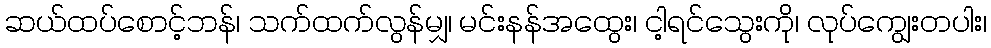
ဆယ်ထပ်စောင့်ဘန်၊ သက်ထက်လွန်မျှ၊ မင်းနန်အထွေး၊ ငါ့ရင်သွေးကို၊ လုပ်ကျွေးတပါး၊